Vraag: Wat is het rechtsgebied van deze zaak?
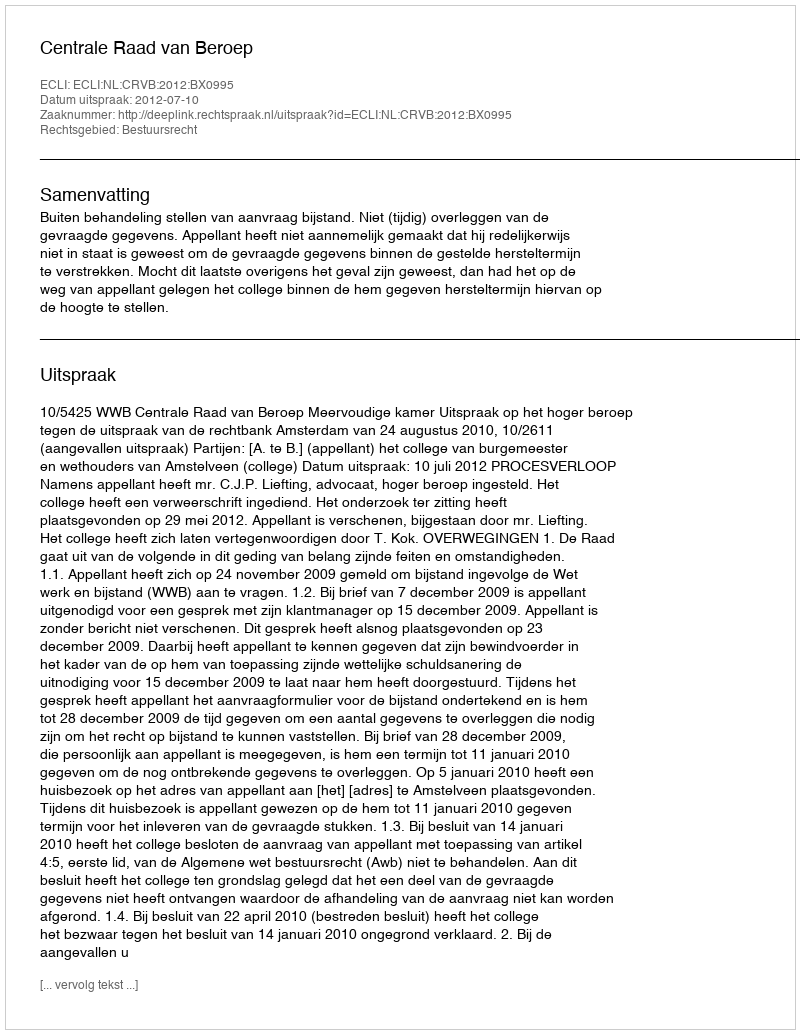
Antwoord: Bestuursrecht